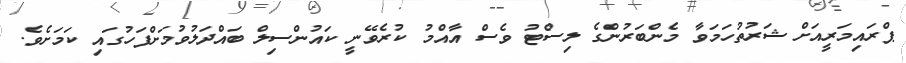
ޕްރައިމަރީއަށް ޝަރުތުހަމަވާ މެންބަރުންގެ ލިސްޓު ވެސް އާއްމު ކުރެވޭނީ ކައުންސިލް ބައްދަލުވުމަށްފަހުގައި ކަމަށެވެ.